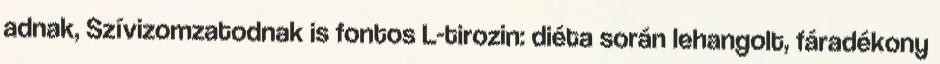
adnak, Szívizomzatodnak is fontos L-tirozin: diéta során lehangolt, fáradékony